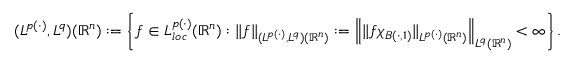
( L ^ { p ( \cdot ) } , L ^ { q } ) ( \mathbb { R } ^ { n } ) : = \left\{ f \in L _ { l o c } ^ { p ( \cdot ) } ( \mathbb { R } ^ { n } ) : \| f \| _ { ( L ^ { p ( \cdot ) } , L ^ { q } ) ( \mathbb { R } ^ { n } ) } : = \left\| \| f \chi _ { B ( \cdot , 1 ) } \| _ { L ^ { p ( \cdot ) } ( { \mathbb R } ^ { n } ) } \right\| _ { L ^ { q } ( { \mathbb R } ^ { n } ) } < \infty \right\} .